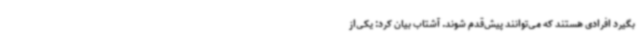
بگیرد افرادی هستند که می‌توانند پیش‌قدم شوند. آشتاب بیان کرد: یکی‌از